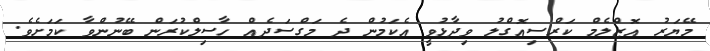
މޭޔަރު އޮޒްލެމް ކަރްސިއޮގްލު ވިދާޅުވީ އެކަމުން ދެ މަގްސަދެއް ހާސިލްކުރަން ބޭނުންވާ ކަމަށެވެ.